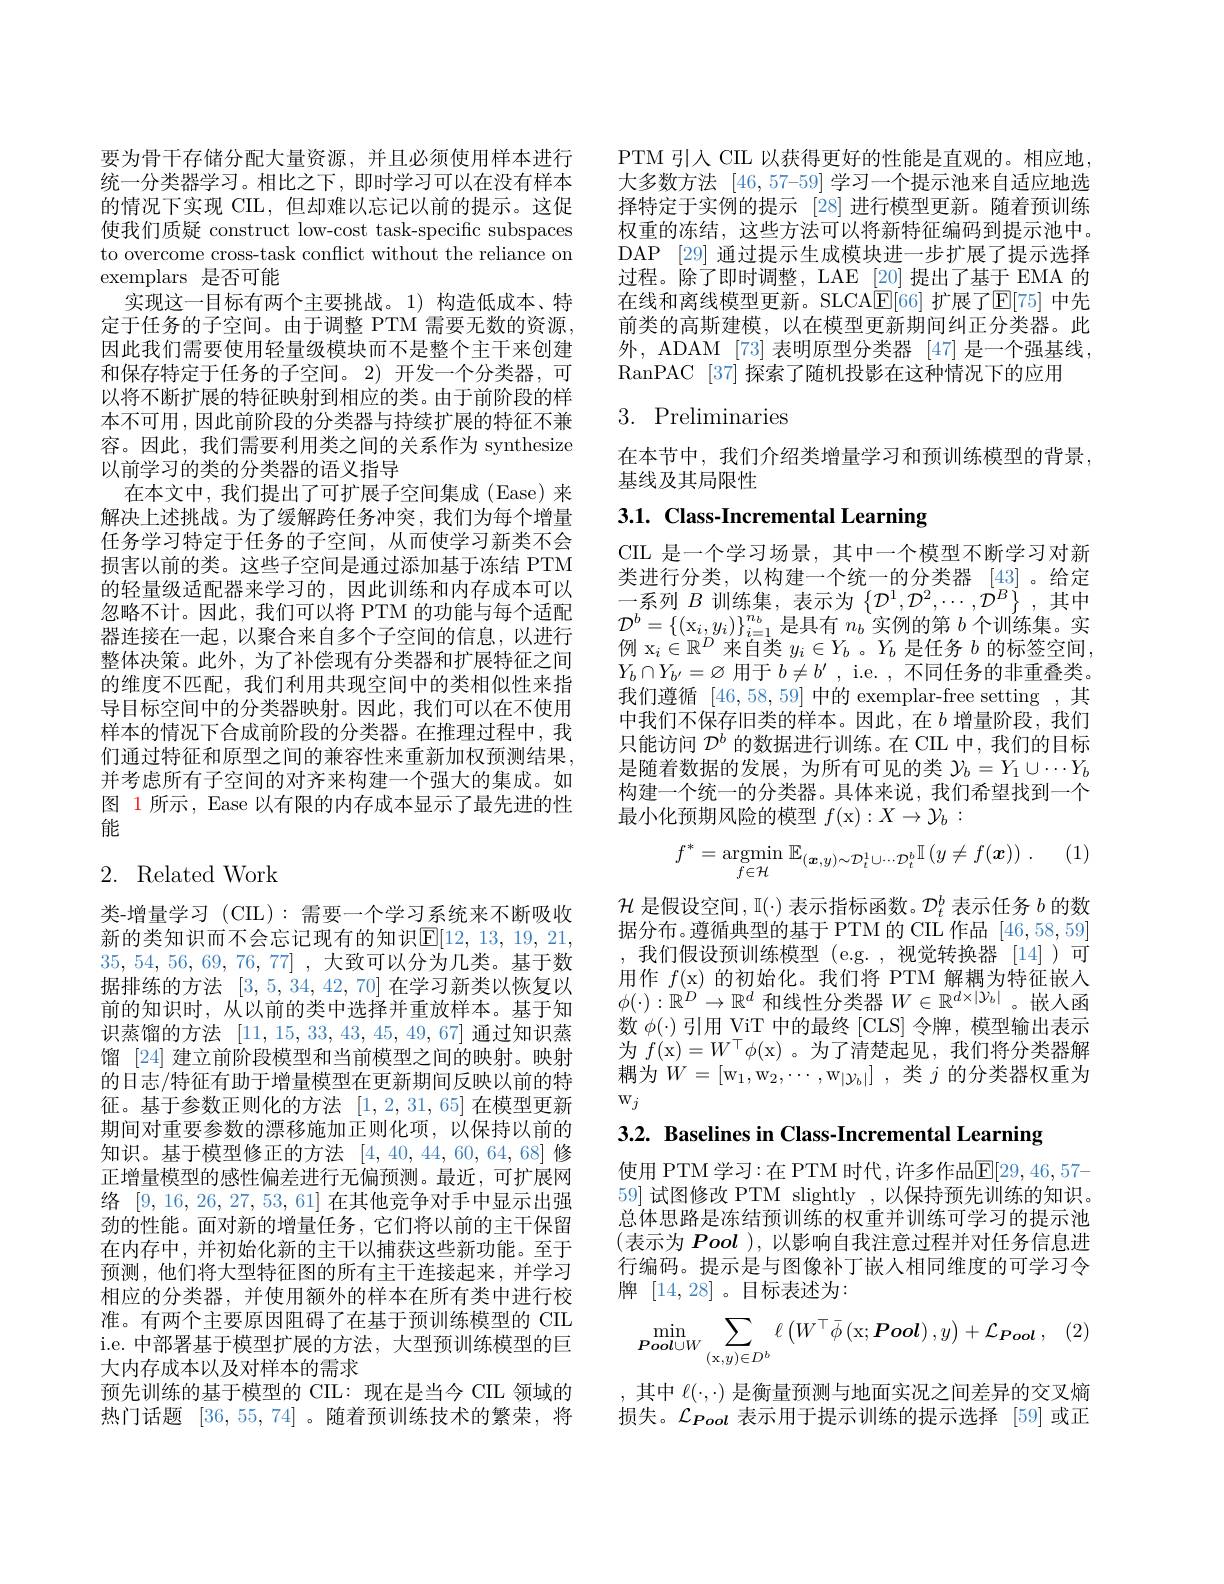
要为骨干存储分配大量资源，并且必须使用样本进行统一分类器学习。相比之下，即时学习可以在没有样本的情况下实现 CIL, 但却难以忘记以前的提示。这促使我们质疑 construct low-cost task-specific subspaces to overcome cross-task conflict without the reliance on exemplars 是否可能
实现这一目标有两个主要挑战。1)构造低成本、特定于任务的子空间。由于调整 PTM 需要无数的资源， 因此我们需要使用轻量级模块而不是整个主干来创建和保存特定于任务的子空间。2)开发一个分类器，可以将不断扩展的特征映射到相应的类。由于前阶段的样本不可用，因此前阶段的分类器与持续扩展的特征不兼容。因此，我们需要利用类之间的关系作为 synthesize 以前学习的类的分类器的语义指导
在本文中，我们提出了可扩展子空间集成(Ease)来解决上述挑战。为了缓解跨任务冲突，我们为每个增量任务学习特定于任务的子空间，从而使学习新类不会损害以前的类。这些子空间是通过添加基于冻结 PTM 的轻量级适配器来学习的，因此训练和内存成本可以忽略不计。因此，我们可以将 PTM 的功能与每个适配器连接在一起，以聚合来自多个子空间的信息，以进行整体决策。此外，为了补偿现有分类器和扩展特征之间的维度不匹配，我们利用共现空间中的类相似性来指导目标空间中的分类器映射。因此，我们可以在不使用样本的情况下合成前阶段的分类器。在推理过程中，我们通过特征和原型之间的兼容性来重新加权预测结果， 并考虑所有子空间的对齐来构建一个强大的集成。如图 1 所示，Ease 以有限的内存成本显示了最先进的性能

## 2. Related Work

类-增量学习 (CIL):需要一个学习系统来不断吸收新的类知识而不会忘记现有的知识$\mathbb{E}[12,13,19,21$, 35,54,56,69,76,77] ,大致可以分为几类。基于数据排练的方法[3,5,34,42,70]在学习新类以恢复以前的知识时，从以前的类中选择并重放样本。基于知识蒸馏的方法[11,15,33,43,45,49,67]通过知识蒸馏 [24] 建立前阶段模型和当前模型之间的映射。映射的日志/特征有助于增量模型在更新期间反映以前的特征。基于参数正则化的方法[1,2,31,65]在模型更新期间对重要参数的漂移施加正则化项，以保持以前的知识。基于模型修正的方法[4,40,44,60,64,68]修正增量模型的感性偏差进行无偏预测。最近，可扩展网络[9,16,26,27,53,61]在其他竞争对手中显示出强劲的性能。面对新的增量任务，它们将以前的主干保留在内存中，并初始化新的主干以捕获这些新功能。至于预测，他们将大型特征图的所有主干连接起来，并学习相应的分类器，并使用额外的样本在所有类中进行校准。有两个主要原因阻碍了在基于预训练模型的 CIIL i.e. 中部署基于模型扩展的方法，大型预训练模型的巨大内存成本以及对样本的需求
预先训练的基于模型的 CIL: 现在是当今 CIL 领域的热门话题 [36,55,74]。随着预训练技术的繁荣，将

PTM 引人 CIL 以获得更好的性能是直观的。相应地大多数方法[46,57-59]学习一个提示池来自适应地选择特定于实例的提示 [28] 进行模型更新。随着预训练权重的冻结，这些方法可以将新特征编码到提示池中。DAP [29] 通过提示生成模块进一步扩展了提示选择过程。除了即时调整，LAE [20]提出了基于 EMA 的在线和离线模型更新。SLCA$\mathbb{E}[66]$ 扩展了$\mathbb{E}[75]$ 中先前类的高斯建模，以在模型更新期间纠正分类器。此外，ADAM [73] 表明原型分类器 [47] 是一个强基线， RanPAC [37] 探索了随机投影在这种情况下的应用

## 3. Preliminaries

在本节中，我们介绍类增量学习和预训练模型的背景
基线及其局限性

# 3.1. Class-Incremental Learning

CIL 是一个学习场景，其中一个模型不断学习对新类进行分类，以构建一个统一的分类器 [43]。给定一系列$B$训练集，表示为$\left\{\mathcal{D}^1,\mathcal{D}^2,\cdots,\mathcal{D}^B\right\}$,其中$\mathcal{D}^b=\{(\mathrm{x}_i,y_i)\}_{i=1}^{n_b}$是具有$n_b$实例的第$b$个训练集。实例 x$_i\in\mathbb{R}^D$来自类$y_i\in Y_b$ 。$Y_b$是任务$b$的标签空间， $Y_b\cap Y_{b^{\prime}}=\varnothing$用于$b\neq b^\prime$ , i.e. ,不同任务的非重叠类。我们遵循 [46,58,59] 中的 exemplar-free setting ,其$\dot{\text{中我们不保存旧类的样本。因此，在 }b}$增量阶段，我们只能访问$\mathcal{D}^b$的数据进行训练。在 CIL 中，我们的目标是随着数据的发展，为所有可见的类$\mathcal{Y}_b=Y_1\cup\cdots Y_b$ 构建一个统一的分类器。具体来说，我们希望找到一个最小化预期风险的模型$f($x$):X\to\mathcal{Y}_b:$

(1)
$$f^{*}=\mathop{\mathrm{argmin}}_{f\in\mathcal{H}}\mathbb{E}_{(\boldsymbol{x},y)\sim\mathcal{D}_{t}^{1}\cup\cdots\mathcal{D}_{t}^{b}}\mathbb{I}\left(y\neq f(\boldsymbol{x})\right)\:.$$
$\mathcal{H}$是假设空间$,\mathbb{I}(\cdot)$表示指标函数。$\mathcal{D}_t^b$表示任务$b$的数据分布。遵循典型的基于 PTM 的 CIL 作品[46,58,59] ,我们假设预训练模型(e.g.,视觉转换器[14])可用作$f($x)的初始化。我们将 PTM 解耦为特征嵌入$\phi(\cdot):\mathbb{R}^D\to\mathbb{R}^d$和线性分类器$W\in\mathbb{R}^d\times|\mathcal{Y}_b|$。嵌人函数$\phi(\cdot)$引用 ViT 中的最终[CLS] 令牌，模型输出表示为$f($x$)=W^\top\phi($x)。为了清楚起见，我们将分类器解耦为$W= [ \mathrm{w} _1, \mathrm{w} _2, \cdots , \mathrm{w} _{| y_b| }]$ ,类$j$的分类器权重为$Wj$

3.2. Baselines in Class-Incremental Learning

使用 PTM 学习：在 PTM 时代，许多作品$\mathbb{E}[29,46,57-$ 59]试图修改 PTM slightly ,以保持预先训练的知识。总体思路是冻结预训练的权重并训练可学习的提示池(表示为 Pool ),以影响自我注意过程并对任务信息进行编码。提示是与图像补丁嵌人相同维度的可学习令牌[14,28]。目标表述为：
$$\min_{\boldsymbol{Pool}\cup W}\sum_{(\mathbf{x},y)\in D^b}\ell\left(W^\top\bar{\phi}\left(\mathbf{x};\boldsymbol{Pool}\right),y\right)+\mathcal{L}_{\boldsymbol{Pool}}\:,$$
,其中 $\ell(\cdot,\cdot)$ 是衡量预测与地面实况之间差异的交叉熵损失。$\mathcal{L}_{Pool}$表示用于提示训练的提示选择 [59]或正